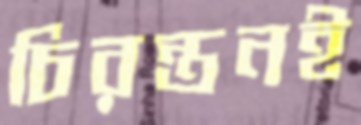
চিরন্তনই